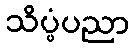
သိပ္ပံပညာ